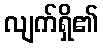
လျက်ရှိ၏